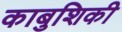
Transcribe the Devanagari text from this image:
काबुशिकी